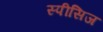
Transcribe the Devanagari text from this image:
स्पीसिज